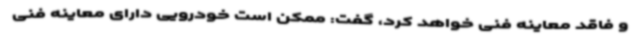
و فاقد معاینه فنی خواهد کرد، گفت: ممکن است خودرویی دارای معاینه فنی